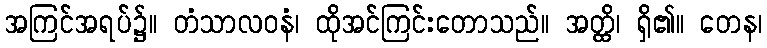
အကြင်အရပ်၌။ တံသာလဝနံ၊ ထိုအင်ကြင်းတောသည်။ အတ္ထိ၊ ရှိ၏။ တေန၊